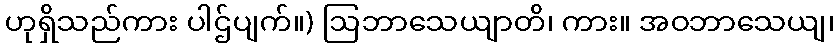
ဟုရှိသည်ကား ပါဌ်ပျက်။) ဩဘာသေယျာတိ၊ ကား။ အဝဘာသေယျ၊